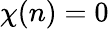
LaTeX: \chi(n)=0